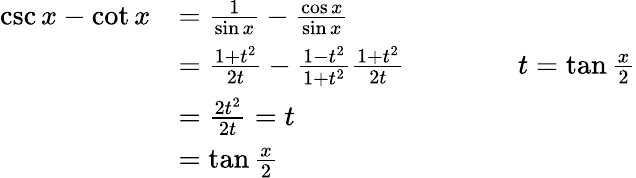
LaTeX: {\begin{array}{rl}{\csc x-\cot x}&{={\frac{1}{\sin x}}-{\frac{\cos x}{\sin x}}}\\ &{={\frac{1+t^{2}}{2t}}-{\frac{1-t^{2}}{1+t^{2}}}{\frac{1+t^{2}}{2t}}\qquad\qquad t=\tan{\frac{x}{2}}}\\ &{={\frac{2t^{2}}{2t}}=t}\\ &{=\tan{\frac{x}{2}}}\end{array}}